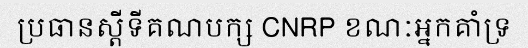
ប្រធានស្តីទីគណបក្ស CNRP ខណៈអ្នកគាំទ្រ